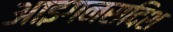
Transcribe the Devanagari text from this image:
आइगनसदिश